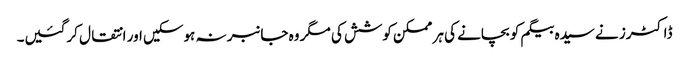
ڈاکٹرز نے سیدہ بیگم کو بچانے کی ہر ممکن کوشش کی مگر وہ جانبر نہ ہوسکیں اور انتقال کرگئیں۔